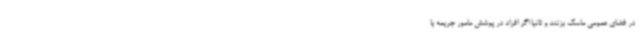
در فضای عمومی ماسک بزنند و ثانیا اگر افراد در پوشش مامور جریمه یا